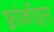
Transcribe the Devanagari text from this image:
फ़्रांकॉइस